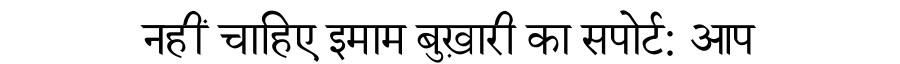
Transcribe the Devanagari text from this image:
नहीं चाहिए इमाम बुख़ारी का सपोर्ट: आप